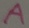
Text: A